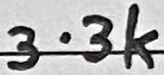
Text: 3.3k